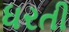
ધરતી